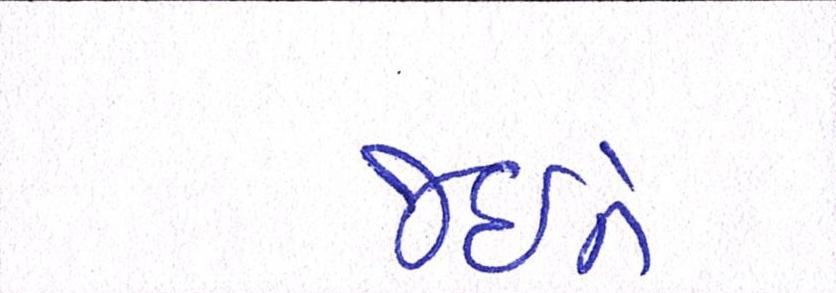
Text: જઈને